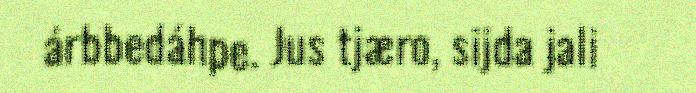
árbbedáhpe. Jus tjæro, sijda jali